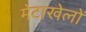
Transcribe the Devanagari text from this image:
मेटाखेलों